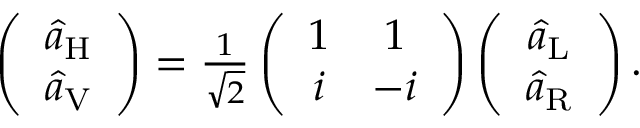
\begin{array} { r } { \left( \begin{array} { c } { \hat { a } _ { \mathrm { H } } } \\ { \hat { a } _ { \mathrm { V } } } \end{array} \right) = \frac { 1 } { \sqrt { 2 } } \left( \begin{array} { c c } { 1 } & { 1 } \\ { i } & { - i } \end{array} \right) \left( \begin{array} { c } { \hat { a } _ { \mathrm { L } } } \\ { \hat { a } _ { \mathrm { R } } } \end{array} \right) . } \end{array}